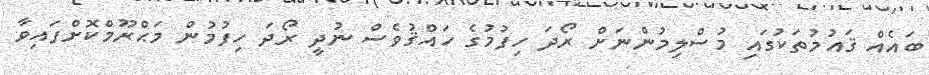
ބައެއް ޤައުމުތަކުގައި މުސްލިމުންނަށް ރޯދަ ހިފުމުގެ ހައްޤުވެސް ނުދީ ރޯދަ ހިފުމުން މަޙްރޫމްކޮށްފައިވާ